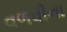
વળવીના